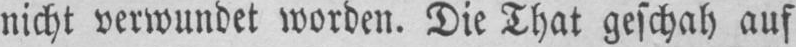
nicht verwundet worden. Die That geschah auf